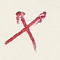
X